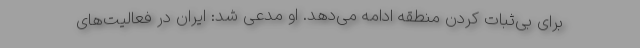
برای بی‌ثبات کردن منطقه ادامه می‌دهد. او مدعی شد: ایران در فعالیت‌های